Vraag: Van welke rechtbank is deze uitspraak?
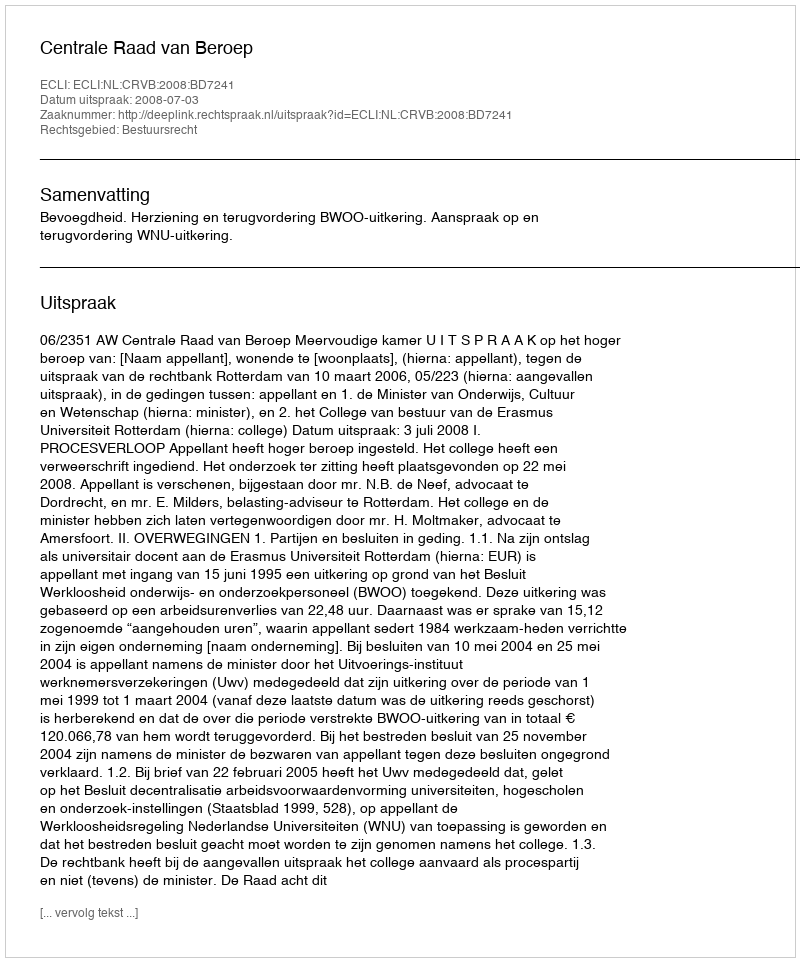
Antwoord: Centrale Raad van Beroep